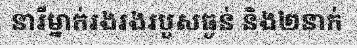
នារីម្នាក់រងរងរបួសធ្ងន់ និង២នាក់